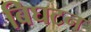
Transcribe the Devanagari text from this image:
बिघटन